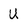
Character: U